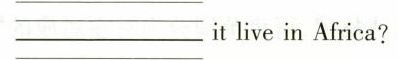
___it live in Africa?